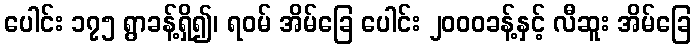
ပေါင်း ၁၇၅ ရွာခန့်ရှိ၍၊ ရဝမ် အိမ်ခြေ ပေါင်း ၂၀၀၀ခန့်နှင့် လီဆူး အိမ်ခြေ